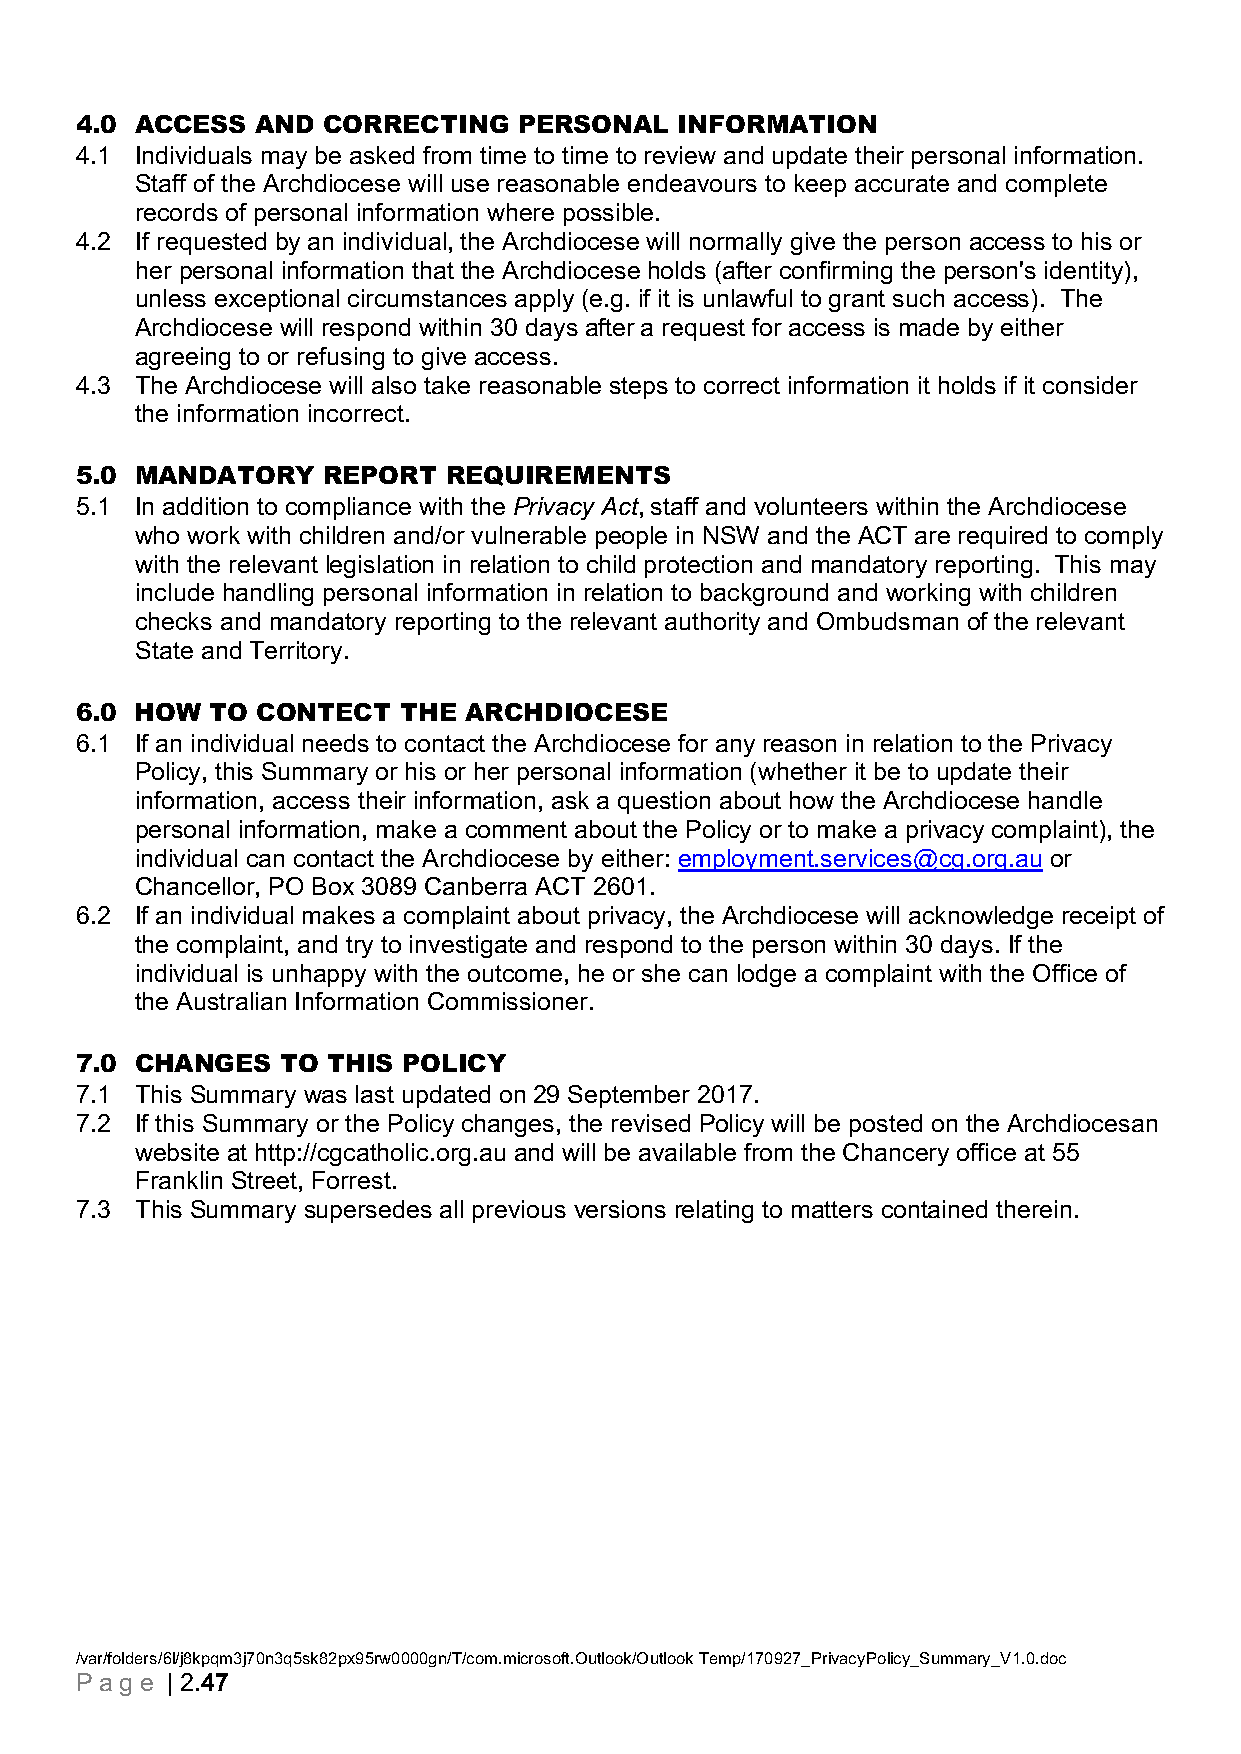
4.0 ACCESS  AND CORRECTING   PERSONAL   INFORMATION
 4.1 Individuals may be asked from time to time to review and update their personal information.
 Staff of the Archdiocese will use reasonable endeavours to keep accurate and complete
 records of personal information where possible.
 4.2 If requested by an individual, the Archdiocese will normally give the person access to his or
 her personal information that the Archdiocese holds (after confirming the person's identity),
 unless exceptional circumstances apply (e.g. if it is unlawful to grant such access). The
 Archdiocese will respond within 30 days after a request for access is made by either
 agreeing to or refusing to give access.
 4.3 The Archdiocese will also take reasonable steps to correct information it holds if it consider
 the information incorrect.
 5.0 MANDATORY   REPORT   REQUIREMENTS
 5.1 In addition to compliance with the Privacy Act, staff and volunteers within the Archdiocese
 who work with children and/or vulnerable people in NSW and the ACT are required to comply
 with the relevant legislation in relation to child protection and mandatory reporting. This may
 include handling personal information in relation to background and working with children
 checks and mandatory reporting to the relevant authority and Ombudsman of the relevant
 State and Territory.
 6.0 HOW  TO CONTECT  THE  ARCHDIOCESE
 6.1 If an individual needs to contact the Archdiocese for any reason in relation to the Privacy
 Policy, this Summary or his or her personal information (whether it be to update their
 information, access their information, ask a question about how the Archdiocese handle
 personal information, make a comment about the Policy or to make a privacy complaint), the
 individual can contact the Archdiocese by either: employment.services@cg.org.au or
 Chancellor, PO Box 3089 Canberra ACT 2601.
 6.2 If an individual makes a complaint about privacy, the Archdiocese will acknowledge receipt of
 the complaint, and try to investigate and respond to the person within 30 days. If the
 individual is unhappy with the outcome, he or she can lodge a complaint with the Office of
 the Australian Information Commissioner.
 7.0 CHANGES   TO THIS POLICY
 7.1 This Summary was last updated on 29 September 2017.
 7.2 If this Summary or the Policy changes, the revised Policy will be posted on the Archdiocesan
 website at http://cgcatholic.org.au and will be available from the Chancery office at 55
 Franklin Street, Forrest.
 7.3 This Summary supersedes all previous versions relating to matters contained therein.
 /var/folders/6l/j8kpqm3j70n3q5sk82px95rw0000gn/T/com.microsoft.Outlook/Outlook Temp/170927_PrivacyPolicy_Summary_V1.0.doc
 P ag e | 2.47